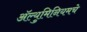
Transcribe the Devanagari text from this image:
अॅल्युमिनियमचे